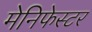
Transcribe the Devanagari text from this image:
मेनिफेस्टर